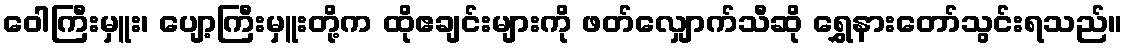
ဝေါကြီးမှူး၊ ပျော့ကြီးမှူးတို့က ထိုဧချင်းများကို ဖတ်လျှောက်သီဆို ရွှေနားတော်သွင်းရသည်။